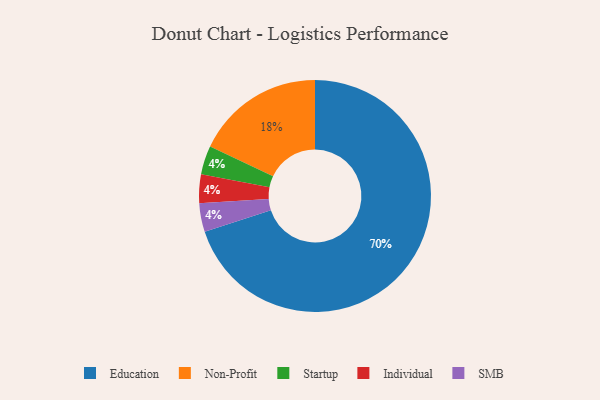
{"axis": {"x": "Category", "y": "Percentage"}, "legend": ["Education", "Individual", "Non-Profit", "SMB", "Startup"], "data": [{"x": "Education", "y": 70, "type": "Education"}, {"x": "Startup", "y": 4, "type": "Startup"}, {"x": "Individual", "y": 4, "type": "Individual"}, {"x": "SMB", "y": 4, "type": "SMB"}, {"x": "Non-Profit", "y": 18, "type": "Non-Profit"}]}